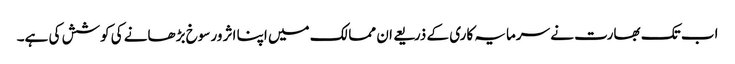
اب تک بھارت نے سرمایہ کاری کے ذریعے ان ممالک میں اپنا اثر ورسوخ بڑھانے کی کوشش کی ہے۔